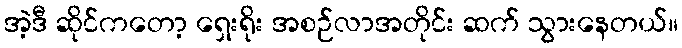
အဲ့ဒီ ဆိုင်ကတော့ ရှေးရိုး အစဉ်လာအတိုင်း ဆက် သွားနေတယ်။